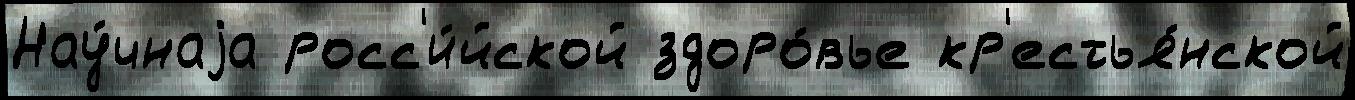
Нау́чнаjа росс'и́йской здоро́вье кр'естья́нской